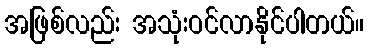
အဖြစ်လည်း အသုံးဝင်လာနိုင်ပါတယ်။